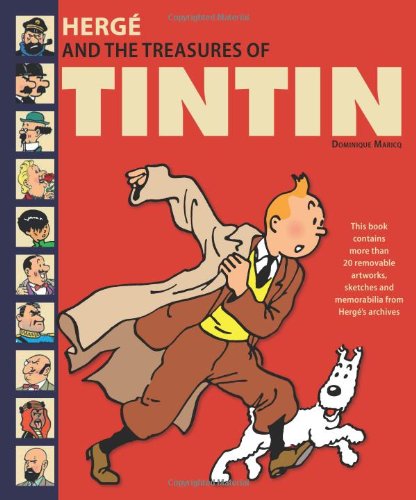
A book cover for Herge and the Treasures of Tintin; Dominique Maricq; Comics & Graphic Novels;